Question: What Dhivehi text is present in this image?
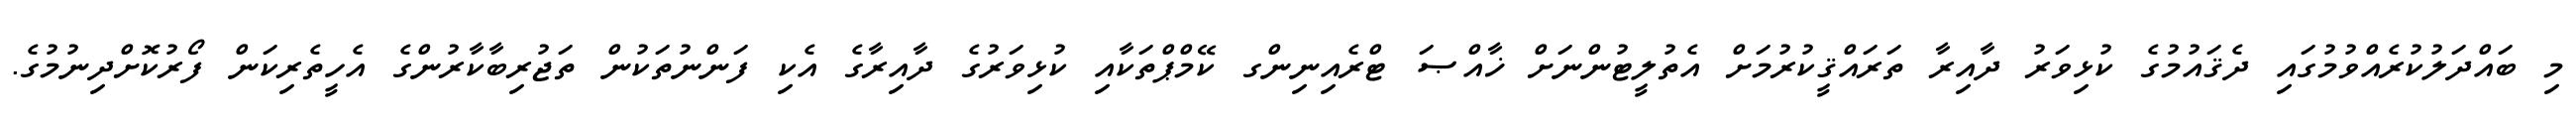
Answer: މި ބައްދަލުކުރެއްވުމުގައި ދެޤައުމުގެ ކުޅިވަރު ދާއިރާ ތަރައްޤީކުރުމަށް އެތުލީޓުންނަށް ޚާއްޞަ ޓްރެއިނިންގ ކޭމްޕްތަކާއި ކުޅިވަރުގެ ދާއިރާގެ އެކި ފަންނުތަކުން ތަޖުރިބާކާރުންގެ އެހީތެރިކަން ފޯރުކޮށްދިނުމުގެ.